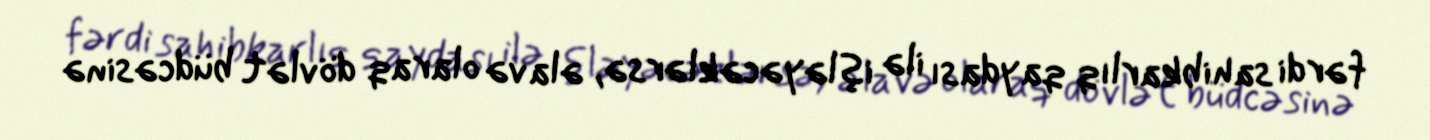
fərdi sahibkarlıq qaydası ilə işləyəcəklərsə, əlavə olaraq dövlət büdcəsinə